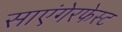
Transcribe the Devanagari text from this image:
साएंगेरफेस्ट